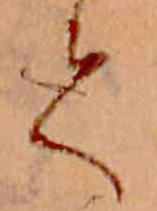
て